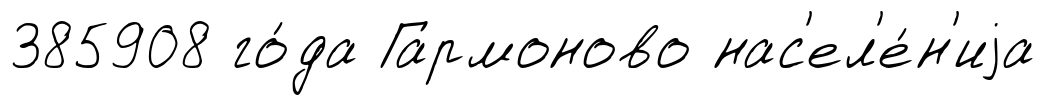
385908 го́да Гармоново нас'ел'е́н'иjа